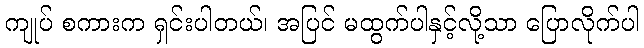
ကျုပ် စကားက ရှင်းပါတယ်၊ အပြင် မထွက်ပါနှင့်လို့သာ ပြောလိုက်ပါ